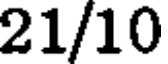
21/10